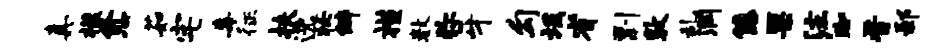
真檬愈茹宅毒征扶逸妆僻槿数弥牙勾坂省剽敦乱润倦栗注踟晋鄙